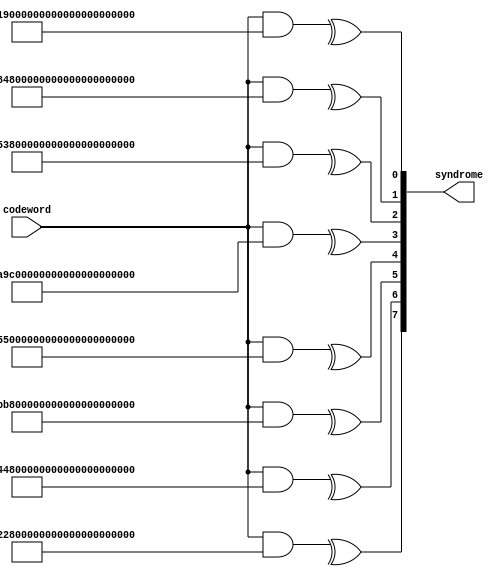
module SECBADAEC_syndrome_gen(input [135:0] codeword, output [7:0] syndrome);

	assign syndrome[7] = ^(codeword&136'b11011001001011010101010111011010010001110010001000100100001010011110101101000010010001011001000101111110100000100101111111001100_10000000);
	assign syndrome[6] = ^(codeword&136'b10110011010110101010101110110100100011100100010001001000010100111101011110000101100010110010001111111101000001001011111010011000_01000000);
	assign syndrome[5] = ^(codeword&136'b10111110100110000000001010110011010110101010101110110100100011100100010001001000010100111101011110000101100010110010001111111101_00100000);
	assign syndrome[4] = ^(codeword&136'b10100101000111000101000010111101111100100111010101001101001101000110001011010010111000100011111001110100100101000001100100110111_00010000);
	assign syndrome[3] = ^(codeword&136'b01001011001110011010000001111011111001011110101010011011011010001100010010100100110001010111110111101000001010000011001001101111_00001000);
	assign syndrome[2] = ^(codeword&136'b10010111011100110100000011110110110010111101010100110110110100011000100001001001100010101111101011010000010100010110010011011111_00000100);
	assign syndrome[1] = ^(codeword&136'b11110110110010111101010100110110110100011000100001001001100010101111101011010000010100010110010011011111001000001001011101110011_00000010);
	assign syndrome[0] = ^(codeword&136'b11101100100101101010101001101101101000110001000110010010000101001111010110100001101000101100100010111111010000010010111111100110_00000001);

endmodule


module SECBADAEC_errorinfo_gen(input [7:0] syndrome, output reg [7:0] error_addr, output reg [1:0] error_type);

	always @(syndrome) begin
	case(syndrome)
		8'b11110111:begin error_type = 2'b01; error_addr = 8'd136; end
		8'b10001011:begin error_type = 2'b01; error_addr = 8'd135; end
		8'b01110011:begin error_type = 2'b01; error_addr = 8'd134; end
		8'b11100110:begin error_type = 2'b01; error_addr = 8'd133; end
		8'b10101001:begin error_type = 2'b01; error_addr = 8'd132; end
		8'b00110111:begin error_type = 2'b01; error_addr = 8'd131; end
		8'b01101110:begin error_type = 2'b01; error_addr = 8'd130; end
		8'b11011100:begin error_type = 2'b01; error_addr = 8'd129; end
		8'b00100011:begin error_type = 2'b01; error_addr = 8'd128; end
		8'b01000110:begin error_type = 2'b01; error_addr = 8'd127; end
		8'b10001100:begin error_type = 2'b01; error_addr = 8'd126; end
		8'b01111101:begin error_type = 2'b01; error_addr = 8'd125; end
		8'b11111010:begin error_type = 2'b01; error_addr = 8'd124; end
		8'b10010001:begin error_type = 2'b01; error_addr = 8'd123; end
		8'b01000111:begin error_type = 2'b01; error_addr = 8'd122; end
		8'b10001110:begin error_type = 2'b01; error_addr = 8'd121; end
		8'b01001011:begin error_type = 2'b01; error_addr = 8'd120; end
		8'b10010110:begin error_type = 2'b01; error_addr = 8'd119; end
		8'b01001001:begin error_type = 2'b01; error_addr = 8'd118; end
		8'b10010010:begin error_type = 2'b01; error_addr = 8'd117; end
		8'b01000001:begin error_type = 2'b01; error_addr = 8'd116; end
		8'b10000010:begin error_type = 2'b01; error_addr = 8'd115; end
		8'b01100001:begin error_type = 2'b01; error_addr = 8'd114; end
		8'b11000010:begin error_type = 2'b01; error_addr = 8'd113; end
		8'b11110100:begin error_type = 2'b01; error_addr = 8'd112; end
		8'b10001101:begin error_type = 2'b01; error_addr = 8'd111; end
		8'b01111111:begin error_type = 2'b01; error_addr = 8'd110; end
		8'b11111110:begin error_type = 2'b01; error_addr = 8'd109; end
		8'b10011001:begin error_type = 2'b01; error_addr = 8'd108; end
		8'b01010111:begin error_type = 2'b01; error_addr = 8'd107; end
		8'b10101110:begin error_type = 2'b01; error_addr = 8'd106; end
		8'b00111001:begin error_type = 2'b01; error_addr = 8'd105; end
		8'b01011111:begin error_type = 2'b01; error_addr = 8'd104; end
		8'b10111110:begin error_type = 2'b01; error_addr = 8'd103; end
		8'b00011001:begin error_type = 2'b01; error_addr = 8'd102; end
		8'b00110010:begin error_type = 2'b01; error_addr = 8'd101; end
		8'b01100100:begin error_type = 2'b01; error_addr = 8'd100; end
		8'b11001000:begin error_type = 2'b01; error_addr = 8'd99; end
		8'b11110101:begin error_type = 2'b01; error_addr = 8'd98; end
		8'b10001111:begin error_type = 2'b01; error_addr = 8'd97; end
		8'b00101110:begin error_type = 2'b01; error_addr = 8'd96; end
		8'b01011100:begin error_type = 2'b01; error_addr = 8'd95; end
		8'b10111000:begin error_type = 2'b01; error_addr = 8'd94; end
		8'b00010101:begin error_type = 2'b01; error_addr = 8'd93; end
		8'b00101010:begin error_type = 2'b01; error_addr = 8'd92; end
		8'b01010100:begin error_type = 2'b01; error_addr = 8'd91; end
		8'b10101000:begin error_type = 2'b01; error_addr = 8'd90; end
		8'b00110101:begin error_type = 2'b01; error_addr = 8'd89; end
		8'b00101001:begin error_type = 2'b01; error_addr = 8'd88; end
		8'b01010010:begin error_type = 2'b01; error_addr = 8'd87; end
		8'b10100100:begin error_type = 2'b01; error_addr = 8'd86; end
		8'b00101101:begin error_type = 2'b01; error_addr = 8'd85; end
		8'b01011010:begin error_type = 2'b01; error_addr = 8'd84; end
		8'b10110100:begin error_type = 2'b01; error_addr = 8'd83; end
		8'b00001101:begin error_type = 2'b01; error_addr = 8'd82; end
		8'b00011010:begin error_type = 2'b01; error_addr = 8'd81; end
		8'b00100110:begin error_type = 2'b01; error_addr = 8'd80; end
		8'b01001100:begin error_type = 2'b01; error_addr = 8'd79; end
		8'b10011000:begin error_type = 2'b01; error_addr = 8'd78; end
		8'b01010101:begin error_type = 2'b01; error_addr = 8'd77; end
		8'b10101010:begin error_type = 2'b01; error_addr = 8'd76; end
		8'b00110001:begin error_type = 2'b01; error_addr = 8'd75; end
		8'b11000100:begin error_type = 2'b01; error_addr = 8'd73; end
		8'b11001111:begin error_type = 2'b01; error_addr = 8'd72; end
		8'b11111011:begin error_type = 2'b01; error_addr = 8'd71; end
		8'b10010011:begin error_type = 2'b01; error_addr = 8'd70; end
		8'b01000011:begin error_type = 2'b01; error_addr = 8'd69; end
		8'b10000110:begin error_type = 2'b01; error_addr = 8'd68; end
		8'b01101001:begin error_type = 2'b01; error_addr = 8'd67; end
		8'b11010010:begin error_type = 2'b01; error_addr = 8'd66; end
		8'b11000001:begin error_type = 2'b01; error_addr = 8'd65; end
		8'b01011011:begin error_type = 2'b01; error_addr = 8'd64; end
		8'b10110110:begin error_type = 2'b01; error_addr = 8'd63; end
		8'b00001001:begin error_type = 2'b01; error_addr = 8'd62; end
		8'b00010010:begin error_type = 2'b01; error_addr = 8'd61; end
		8'b00100100:begin error_type = 2'b01; error_addr = 8'd60; end
		8'b01001000:begin error_type = 2'b01; error_addr = 8'd59; end
		8'b10010000:begin error_type = 2'b01; error_addr = 8'd58; end
		8'b01000101:begin error_type = 2'b01; error_addr = 8'd57; end
		8'b01011101:begin error_type = 2'b01; error_addr = 8'd56; end
		8'b10111010:begin error_type = 2'b01; error_addr = 8'd55; end
		8'b00010001:begin error_type = 2'b01; error_addr = 8'd54; end
		8'b00100010:begin error_type = 2'b01; error_addr = 8'd53; end
		8'b01000100:begin error_type = 2'b01; error_addr = 8'd52; end
		8'b10001000:begin error_type = 2'b01; error_addr = 8'd51; end
		8'b01110101:begin error_type = 2'b01; error_addr = 8'd50; end
		8'b11101010:begin error_type = 2'b01; error_addr = 8'd49; end
		8'b10100101:begin error_type = 2'b01; error_addr = 8'd48; end
		8'b00101111:begin error_type = 2'b01; error_addr = 8'd47; end
		8'b01011110:begin error_type = 2'b01; error_addr = 8'd46; end
		8'b10111100:begin error_type = 2'b01; error_addr = 8'd45; end
		8'b00011101:begin error_type = 2'b01; error_addr = 8'd44; end
		8'b00111010:begin error_type = 2'b01; error_addr = 8'd43; end
		8'b01110100:begin error_type = 2'b01; error_addr = 8'd42; end
		8'b11101000:begin error_type = 2'b01; error_addr = 8'd41; end
		8'b01101111:begin error_type = 2'b01; error_addr = 8'd40; end
		8'b11011110:begin error_type = 2'b01; error_addr = 8'd39; end
		8'b11011001:begin error_type = 2'b01; error_addr = 8'd38; end
		8'b11010111:begin error_type = 2'b01; error_addr = 8'd37; end
		8'b11001011:begin error_type = 2'b01; error_addr = 8'd36; end
		8'b11110011:begin error_type = 2'b01; error_addr = 8'd35; end
		8'b10000011:begin error_type = 2'b01; error_addr = 8'd34; end
		8'b01100011:begin error_type = 2'b01; error_addr = 8'd33; end
		8'b10110000:begin error_type = 2'b01; error_addr = 8'd32; end
		8'b00000101:begin error_type = 2'b01; error_addr = 8'd31; end
		8'b00001010:begin error_type = 2'b01; error_addr = 8'd30; end
		8'b00010100:begin error_type = 2'b01; error_addr = 8'd29; end
		8'b00101000:begin error_type = 2'b01; error_addr = 8'd28; end
		8'b01010000:begin error_type = 2'b01; error_addr = 8'd27; end
		8'b10100000:begin error_type = 2'b01; error_addr = 8'd26; end
		8'b00100101:begin error_type = 2'b01; error_addr = 8'd25; end
		8'b01000010:begin error_type = 2'b01; error_addr = 8'd24; end
		8'b10000100:begin error_type = 2'b01; error_addr = 8'd23; end
		8'b01101101:begin error_type = 2'b01; error_addr = 8'd22; end
		8'b11011010:begin error_type = 2'b01; error_addr = 8'd21; end
		8'b11010001:begin error_type = 2'b01; error_addr = 8'd20; end
		8'b11000111:begin error_type = 2'b01; error_addr = 8'd19; end
		8'b11101011:begin error_type = 2'b01; error_addr = 8'd18; end
		8'b10110011:begin error_type = 2'b01; error_addr = 8'd17; end
		8'b11100101:begin error_type = 2'b01; error_addr = 8'd16; end
		8'b10101111:begin error_type = 2'b01; error_addr = 8'd15; end
		8'b00111011:begin error_type = 2'b01; error_addr = 8'd14; end
		8'b01110110:begin error_type = 2'b01; error_addr = 8'd13; end
		8'b11101100:begin error_type = 2'b01; error_addr = 8'd12; end
		8'b10111101:begin error_type = 2'b01; error_addr = 8'd11; end
		8'b00011111:begin error_type = 2'b01; error_addr = 8'd10; end
		8'b00111110:begin error_type = 2'b01; error_addr = 8'd9; end
		8'b10000000:begin error_type = 2'b01; error_addr = 8'd8; end
		8'b01000000:begin error_type = 2'b01; error_addr = 8'd7; end
		8'b00100000:begin error_type = 2'b01; error_addr = 8'd6; end
		8'b00010000:begin error_type = 2'b01; error_addr = 8'd5; end
		8'b00001000:begin error_type = 2'b01; error_addr = 8'd4; end
		8'b00000100:begin error_type = 2'b01; error_addr = 8'd3; end
		8'b00000010:begin error_type = 2'b01; error_addr = 8'd2; end
		8'b00000001:begin error_type = 2'b01; error_addr = 8'd1; end

		8'b01111100:begin error_type = 2'b10; error_addr = 8'd135; end
		8'b11111000:begin error_type = 2'b10; error_addr = 8'd134; end
		8'b10010101:begin error_type = 2'b10; error_addr = 8'd133; end
		8'b01001111:begin error_type = 2'b10; error_addr = 8'd132; end
		8'b10011110:begin error_type = 2'b10; error_addr = 8'd131; end
		8'b01011001:begin error_type = 2'b10; error_addr = 8'd130; end
		8'b10110010:begin error_type = 2'b10; error_addr = 8'd129; end
		8'b11111111:begin error_type = 2'b10; error_addr = 8'd128; end
		8'b01100101:begin error_type = 2'b10; error_addr = 8'd127; end
		8'b11001010:begin error_type = 2'b10; error_addr = 8'd126; end
		8'b11110001:begin error_type = 2'b10; error_addr = 8'd125; end
		8'b10000111:begin error_type = 2'b10; error_addr = 8'd124; end
		8'b01101011:begin error_type = 2'b10; error_addr = 8'd123; end
		8'b11010110:begin error_type = 2'b10; error_addr = 8'd122; end
		8'b11001001:begin error_type = 2'b10; error_addr = 8'd121; end
		8'b11000101:begin error_type = 2'b10; error_addr = 8'd120; end
		8'b11011101:begin error_type = 2'b10; error_addr = 8'd119; end
		8'b11011111:begin error_type = 2'b10; error_addr = 8'd118; end
		8'b11011011:begin error_type = 2'b10; error_addr = 8'd117; end
		8'b11010011:begin error_type = 2'b10; error_addr = 8'd116; end
		8'b11000011:begin error_type = 2'b10; error_addr = 8'd115; end
		8'b11100011:begin error_type = 2'b10; error_addr = 8'd114; end
		8'b10100011:begin error_type = 2'b10; error_addr = 8'd113; end
		8'b00110110:begin error_type = 2'b10; error_addr = 8'd112; end
		8'b01111001:begin error_type = 2'b10; error_addr = 8'd111; end
		8'b11110010:begin error_type = 2'b10; error_addr = 8'd110; end
		8'b10000001:begin error_type = 2'b10; error_addr = 8'd109; end
		8'b01100111:begin error_type = 2'b10; error_addr = 8'd108; end
		8'b11001110:begin error_type = 2'b10; error_addr = 8'd107; end
		8'b11111001:begin error_type = 2'b10; error_addr = 8'd106; end
		8'b10010111:begin error_type = 2'b10; error_addr = 8'd105; end
		8'b01100110:begin error_type = 2'b10; error_addr = 8'd104; end
		8'b11100001:begin error_type = 2'b10; error_addr = 8'd103; end
		8'b10100111:begin error_type = 2'b10; error_addr = 8'd102; end
		8'b00101011:begin error_type = 2'b10; error_addr = 8'd101; end
		8'b01010110:begin error_type = 2'b10; error_addr = 8'd100; end
		8'b10101100:begin error_type = 2'b10; error_addr = 8'd99; end
		8'b00111101:begin error_type = 2'b10; error_addr = 8'd98; end
		8'b01111010:begin error_type = 2'b10; error_addr = 8'd97; end
		8'b10100001:begin error_type = 2'b10; error_addr = 8'd96; end
		8'b01110010:begin error_type = 2'b10; error_addr = 8'd95; end
		8'b11100100:begin error_type = 2'b10; error_addr = 8'd94; end
		8'b10101101:begin error_type = 2'b10; error_addr = 8'd93; end
		8'b00111111:begin error_type = 2'b10; error_addr = 8'd92; end
		8'b01111110:begin error_type = 2'b10; error_addr = 8'd91; end
		8'b11111100:begin error_type = 2'b10; error_addr = 8'd90; end
		8'b10011101:begin error_type = 2'b10; error_addr = 8'd89; end
		8'b00011100:begin error_type = 2'b10; error_addr = 8'd88; end
		8'b01111011:begin error_type = 2'b10; error_addr = 8'd87; end
		8'b11110110:begin error_type = 2'b10; error_addr = 8'd86; end
		8'b10001001:begin error_type = 2'b10; error_addr = 8'd85; end
		8'b01110111:begin error_type = 2'b10; error_addr = 8'd84; end
		8'b11101110:begin error_type = 2'b10; error_addr = 8'd83; end
		8'b10111001:begin error_type = 2'b10; error_addr = 8'd82; end
		8'b00010111:begin error_type = 2'b10; error_addr = 8'd81; end
		8'b00111100:begin error_type = 2'b10; error_addr = 8'd80; end
		8'b01101010:begin error_type = 2'b10; error_addr = 8'd79; end
		8'b11010100:begin error_type = 2'b10; error_addr = 8'd78; end
		8'b11001101:begin error_type = 2'b10; error_addr = 8'd77; end
		8'b11111111:begin error_type = 2'b10; error_addr = 8'd76; end
		8'b10011011:begin error_type = 2'b10; error_addr = 8'd75; end
		8'b01010011:begin error_type = 2'b10; error_addr = 8'd74; end
		8'b10100110:begin error_type = 2'b10; error_addr = 8'd73; end
		8'b00001011:begin error_type = 2'b10; error_addr = 8'd72; end
		8'b00110100:begin error_type = 2'b10; error_addr = 8'd71; end
		8'b01101000:begin error_type = 2'b10; error_addr = 8'd70; end
		8'b11010000:begin error_type = 2'b10; error_addr = 8'd69; end
		8'b11000101:begin error_type = 2'b10; error_addr = 8'd68; end
		8'b11101111:begin error_type = 2'b10; error_addr = 8'd67; end
		8'b10111011:begin error_type = 2'b10; error_addr = 8'd66; end
		8'b00010011:begin error_type = 2'b10; error_addr = 8'd65; end
		8'b10011010:begin error_type = 2'b10; error_addr = 8'd64; end
		8'b11101101:begin error_type = 2'b10; error_addr = 8'd63; end
		8'b10111111:begin error_type = 2'b10; error_addr = 8'd62; end
		8'b00011011:begin error_type = 2'b10; error_addr = 8'd61; end
		8'b00110110:begin error_type = 2'b10; error_addr = 8'd60; end
		8'b01101100:begin error_type = 2'b10; error_addr = 8'd59; end
		8'b11011000:begin error_type = 2'b10; error_addr = 8'd58; end
		8'b11010101:begin error_type = 2'b10; error_addr = 8'd57; end
		8'b00011000:begin error_type = 2'b10; error_addr = 8'd56; end
		8'b11100111:begin error_type = 2'b10; error_addr = 8'd55; end
		8'b10101011:begin error_type = 2'b10; error_addr = 8'd54; end
		8'b00110011:begin error_type = 2'b10; error_addr = 8'd53; end
		8'b01100110:begin error_type = 2'b10; error_addr = 8'd52; end
		8'b11001100:begin error_type = 2'b10; error_addr = 8'd51; end
		8'b11111101:begin error_type = 2'b10; error_addr = 8'd50; end
		8'b10011111:begin error_type = 2'b10; error_addr = 8'd49; end
		8'b01001111:begin error_type = 2'b10; error_addr = 8'd48; end
		8'b10001010:begin error_type = 2'b10; error_addr = 8'd47; end
		8'b01110001:begin error_type = 2'b10; error_addr = 8'd46; end
		8'b11100010:begin error_type = 2'b10; error_addr = 8'd45; end
		8'b10100001:begin error_type = 2'b10; error_addr = 8'd44; end
		8'b00100111:begin error_type = 2'b10; error_addr = 8'd43; end
		8'b01001110:begin error_type = 2'b10; error_addr = 8'd42; end
		8'b10011100:begin error_type = 2'b10; error_addr = 8'd41; end
		8'b10000111:begin error_type = 2'b10; error_addr = 8'd40; end
		8'b10110001:begin error_type = 2'b10; error_addr = 8'd39; end
		8'b00000111:begin error_type = 2'b10; error_addr = 8'd38; end
		8'b00001110:begin error_type = 2'b10; error_addr = 8'd37; end
		8'b00011100:begin error_type = 2'b10; error_addr = 8'd36; end
		8'b00111000:begin error_type = 2'b10; error_addr = 8'd35; end
		8'b01110000:begin error_type = 2'b10; error_addr = 8'd34; end
		8'b11100000:begin error_type = 2'b10; error_addr = 8'd33; end
		8'b11010011:begin error_type = 2'b10; error_addr = 8'd32; end
		8'b10110101:begin error_type = 2'b10; error_addr = 8'd31; end
		8'b00001111:begin error_type = 2'b10; error_addr = 8'd30; end
		8'b00011110:begin error_type = 2'b10; error_addr = 8'd29; end
		8'b00111100:begin error_type = 2'b10; error_addr = 8'd28; end
		8'b01111000:begin error_type = 2'b10; error_addr = 8'd27; end
		8'b11110000:begin error_type = 2'b10; error_addr = 8'd26; end
		8'b10000101:begin error_type = 2'b10; error_addr = 8'd25; end
		8'b01100111:begin error_type = 2'b10; error_addr = 8'd24; end
		8'b11000110:begin error_type = 2'b10; error_addr = 8'd23; end
		8'b11101001:begin error_type = 2'b10; error_addr = 8'd22; end
		8'b10110111:begin error_type = 2'b10; error_addr = 8'd21; end
		8'b00001011:begin error_type = 2'b10; error_addr = 8'd20; end
		8'b00010110:begin error_type = 2'b10; error_addr = 8'd19; end
		8'b00101100:begin error_type = 2'b10; error_addr = 8'd18; end
		8'b01011000:begin error_type = 2'b10; error_addr = 8'd17; end
		8'b01010110:begin error_type = 2'b10; error_addr = 8'd16; end
		8'b01001010:begin error_type = 2'b10; error_addr = 8'd15; end
		8'b10010100:begin error_type = 2'b10; error_addr = 8'd14; end
		8'b01001101:begin error_type = 2'b10; error_addr = 8'd13; end
		8'b10011010:begin error_type = 2'b10; error_addr = 8'd12; end
		8'b01010001:begin error_type = 2'b10; error_addr = 8'd11; end
		8'b10100010:begin error_type = 2'b10; error_addr = 8'd10; end
		8'b00100001:begin error_type = 2'b10; error_addr = 8'd9; end
		8'b10111110:begin error_type = 2'b10; error_addr = 8'd8; end
		8'b11000000:begin error_type = 2'b10; error_addr = 8'd7; end
		8'b01100000:begin error_type = 2'b10; error_addr = 8'd6; end
		8'b00110000:begin error_type = 2'b10; error_addr = 8'd5; end
		8'b00011000:begin error_type = 2'b10; error_addr = 8'd4; end
		8'b00001100:begin error_type = 2'b10; error_addr = 8'd3; end
		8'b00000110:begin error_type = 2'b10; error_addr = 8'd2; end
		8'b00000011:begin error_type = 2'b10; error_addr = 8'd1; end

		8'b00000000:begin error_type = 2'b00; error_addr = 8'd0;end

		default : begin  error_type = 2'b11; error_addr = 8'd1;end
	endcase
end
endmodule

module SECBADAEC_decoder(input [135:0] codeword, output [127:0] message, output [1:0] error_type);

	wire [7:0] syndrome;
	wire [7:0] error_addr;
	reg [135:0] decoded;
	SECBADAEC_syndrome_gen syndrome_gen(.codeword(codeword),.syndrome(syndrome));
	SECBADAEC_errorinfo_gen errorinfo_gen(.syndrome(syndrome),.error_addr(error_addr),.error_type(error_type));

	always@(error_type) begin
		if(error_type == 0) begin
			decoded = codeword;
		end
		else if(error_type == 1) begin
			decoded = codeword^(1<<(error_addr-1));
		end
		else if(error_type == 2) begin
			decoded = codeword^(3<<(error_addr-1));
		end
		else begin
			decoded = codeword;
		end
	end 

	assign message = decoded[135:8];

endmodule